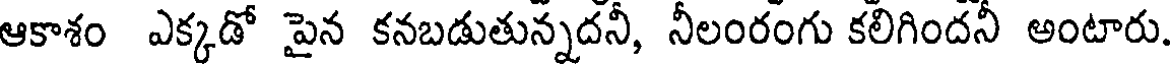
ఆకాశం ఎక్కడో పైన కనబడుతున్నదనీ, నీలంరంగు కలిగిందనీ అంటారు.